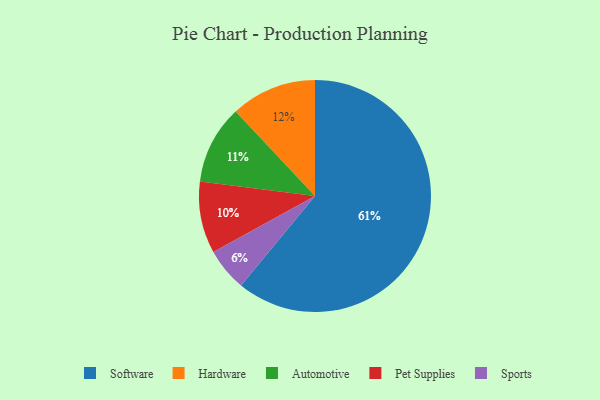
{"axis": {"x": "Category", "y": "Percentage"}, "legend": ["Automotive", "Hardware", "Pet Supplies", "Software", "Sports"], "data": [{"x": "Software", "y": 61, "type": "Software"}, {"x": "Pet Supplies", "y": 10, "type": "Pet Supplies"}, {"x": "Automotive", "y": 11, "type": "Automotive"}, {"x": "Sports", "y": 6, "type": "Sports"}, {"x": "Hardware", "y": 12, "type": "Hardware"}]}